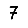
Digit: 7